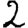
Digit: 2